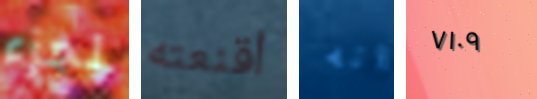
لجزء أقنعته انه ٧١٠٩